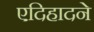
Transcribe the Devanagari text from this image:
एदिहादने